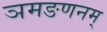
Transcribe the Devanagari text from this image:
ञमङणनम्